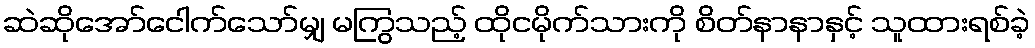
ဆဲဆိုအော်ငေါက်သော်မျှ မကြွသည့် ထိုငမိုက်သားကို စိတ်နာနာနှင့် သူထားရစ်ခဲ့